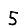
Digit: 5